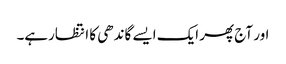
اور آج پھر ایک ایسے گاندھی کا انتظارہے۔